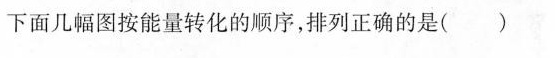
下面几幅图按能量转化的顺序，排列正确的是()